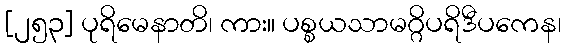
[၂၅၃] ပုရိမေနာတိ၊ ကား။ ပစ္စယသာမဂ္ဂိပရိဒီပကေန၊